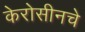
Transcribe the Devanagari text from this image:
केरोसीनचे